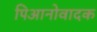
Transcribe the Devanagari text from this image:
पिआनोवादक